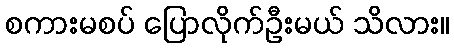
စကားမစပ် ပြောလိုက်ဦးမယ် သိလား။